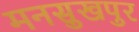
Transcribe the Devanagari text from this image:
मनसुखपुर